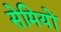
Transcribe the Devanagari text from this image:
सेमियों